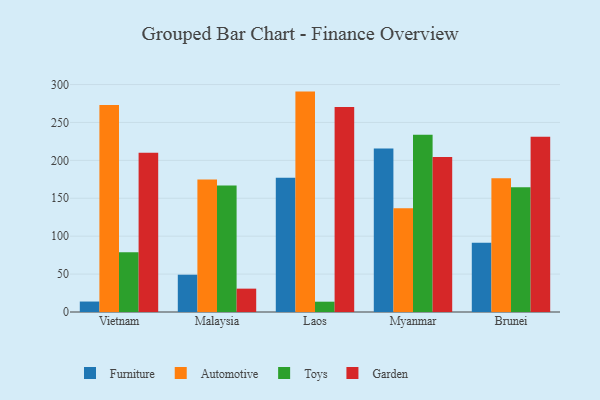
{"axis": {"x": "Country", "y": "Latency (ms)"}, "legend": ["Automotive", "Furniture", "Garden", "Toys"], "data": [{"x": "Vietnam", "y": 13.8, "type": "Furniture"}, {"x": "Vietnam", "y": 272.9, "type": "Automotive"}, {"x": "Vietnam", "y": 78.8, "type": "Toys"}, {"x": "Vietnam", "y": 209.9, "type": "Garden"}, {"x": "Malaysia", "y": 49.2, "type": "Furniture"}, {"x": "Malaysia", "y": 174.8, "type": "Automotive"}, {"x": "Malaysia", "y": 166.7, "type": "Toys"}, {"x": "Malaysia", "y": 30.8, "type": "Garden"}, {"x": "Laos", "y": 177.0, "type": "Furniture"}, {"x": "Laos", "y": 290.7, "type": "Automotive"}, {"x": "Laos", "y": 13.6, "type": "Toys"}, {"x": "Laos", "y": 270.3, "type": "Garden"}, {"x": "Myanmar", "y": 215.7, "type": "Furniture"}, {"x": "Myanmar", "y": 136.7, "type": "Automotive"}, {"x": "Myanmar", "y": 233.9, "type": "Toys"}, {"x": "Myanmar", "y": 204.3, "type": "Garden"}, {"x": "Brunei", "y": 91.5, "type": "Furniture"}, {"x": "Brunei", "y": 176.4, "type": "Automotive"}, {"x": "Brunei", "y": 164.6, "type": "Toys"}, {"x": "Brunei", "y": 231.1, "type": "Garden"}]}